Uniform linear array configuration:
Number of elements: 8
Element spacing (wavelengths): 0.75
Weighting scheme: hamming
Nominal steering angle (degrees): -60
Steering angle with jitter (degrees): -61.278
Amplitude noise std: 0.05
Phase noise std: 0.05

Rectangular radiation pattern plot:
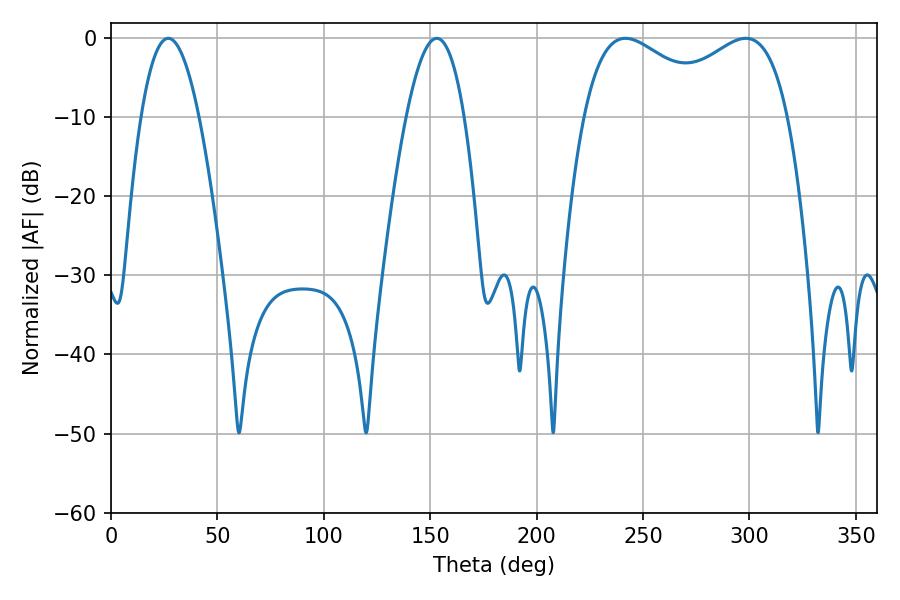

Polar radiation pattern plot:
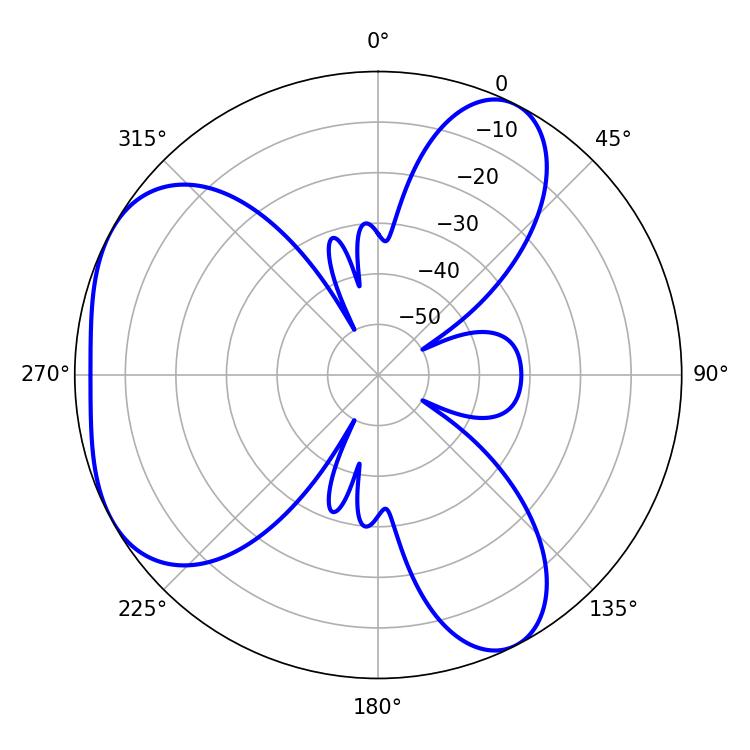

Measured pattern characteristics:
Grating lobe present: TRUE
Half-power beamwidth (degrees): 36.54
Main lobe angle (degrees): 241.74